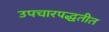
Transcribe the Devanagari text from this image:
उपचारपद्धतीत